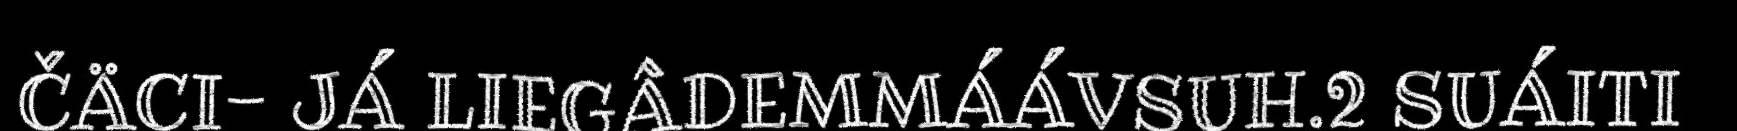
ČÄCI- JÁ LIEGÂDEMMÁÁVSUH.2 SUÁITI